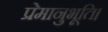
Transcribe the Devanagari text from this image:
प्रेमानुभूति।